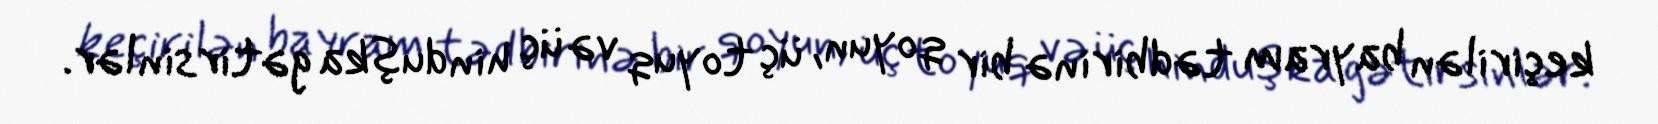
keçirilən bayram tədbirinə bir qoyun, üç toyuq və üç hinduşka gətirsinlər.